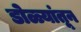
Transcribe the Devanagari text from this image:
डोळ्यांतून